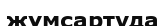
жұмсартуда